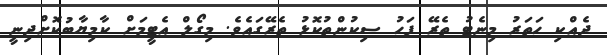
ދެއްކި ހަތަރު މިނެޓު ތެރޭ ފަހު ސިކުންތުކޮޅު ތެރޭގައެވެ. މިގޯލް އެޓީމަށް ކާމިޔާބުކޮށްދިނީ